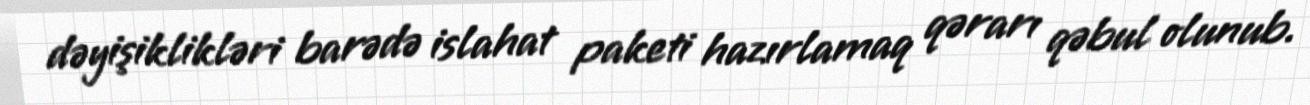
dəyişiklikləri barədə islahat paketi hazırlamaq qərarı qəbul olunub.